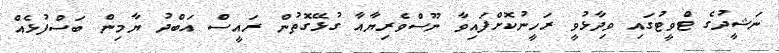
ނަޝީދުގެ ޓްވީޓުގައި ވިދާޅުވީ ރަހީނުކޮށްފައިވާ ނޫސްވެރިޔާއާ ގުޅޭގޮތުން ރައީސް އަބްދު ޔާމިން ބަސްފުޅެއް